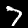
Label: 7